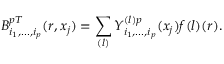
B _ { i _ { 1 } , . . . , i _ { p } } ^ { p T } ( r , x _ { j } ) = \sum _ { ( l ) } Y _ { i _ { 1 } , . . . , i _ { p } } ^ { ( l ) p } ( x _ { j } ) f { ( l ) } ( r ) .